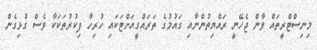
މިނިސްޓްރީތައް ވާން ޖެހޭނީ ރައްޔިތުންނާއި ގައުމުގެ ތަރައްގީއަށްޓަކައި ހުރިހާ ފިކުރުތަކަކާ ވެސް ގުޅިގެން